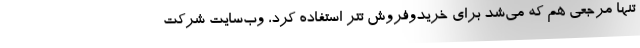
تنها مرجعی هم که می‌شد برای خریدوفروش تتر استفاده کرد، وب‌سایت شرکت